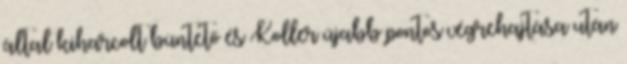
által kiharcolt büntető és Koller újabb pontos végrehajtása után